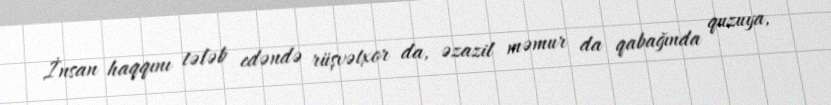
İnsan haqqını tələb edəndə rüşvətxor da, əzazil məmur da qabağında quzuya,